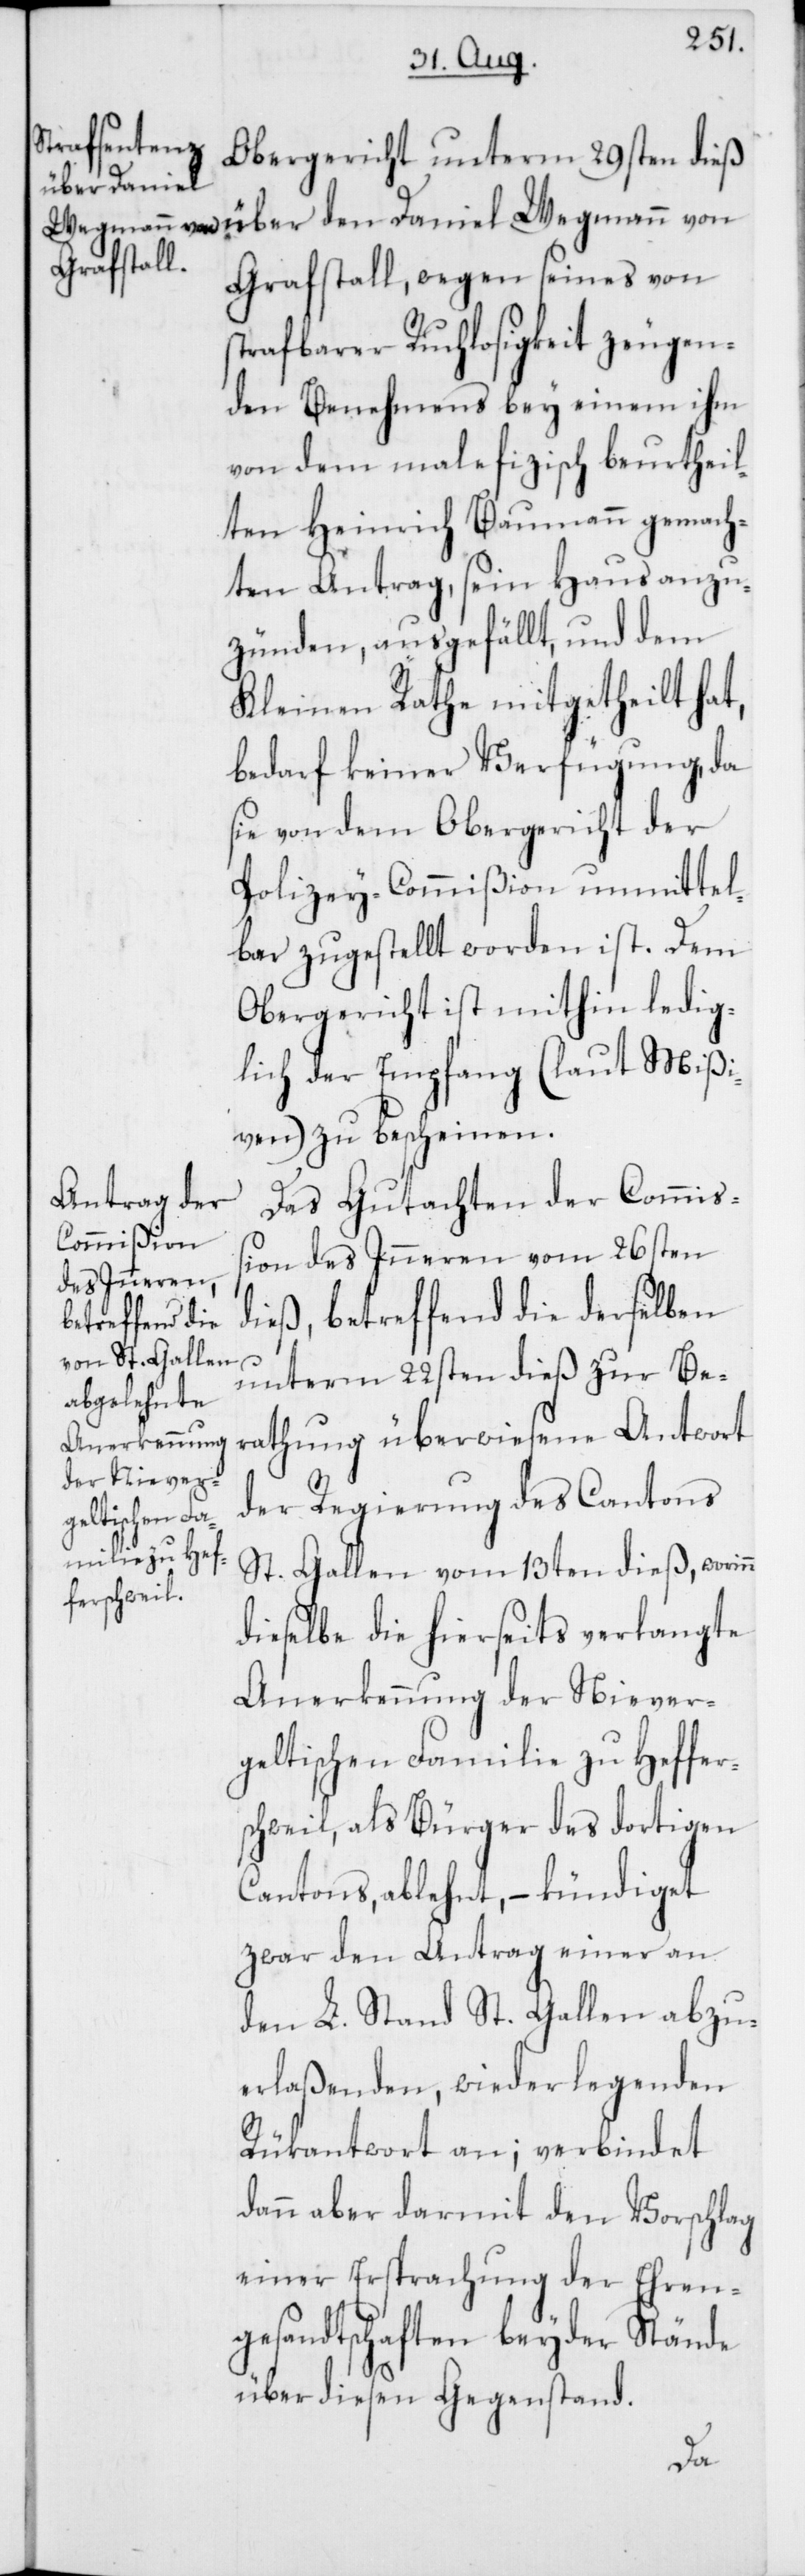
Obergericht unterm 29sten dieß
über den
Grafstall, wegen seines von
strafbarer Ruchlosigkeit zeugen¬
den Benehmens bey einem ihm
von dem malefizisch beurtheil¬
ten Heinrich Baumann gemach¬
ten Antrag, seyn Haus anzu¬
zünden, ausgefällt, und dem
Kleinen Rathe mitgetheilt hat,
bedarf keiner Verfügung, da
sie von dem Obergericht der
Polizey-Commißion unmittel¬
bar zugestellt worden ist. Dem
Obergericht ist mithin ledig¬
lich der Empfang (laut Mißi¬
ven) zu bescheinen.
Das Gutachten der Commi¬
ßion des Inneren vom 26sten
dieß, betreffend die derselben
unterm 22sten dieß zur Be¬
rathung überwiesene Antwort
der Regierung des Cantons
St. Gallen vom 13ten dieß, wori¬
dieselbe die hierseits verlangte
Anerkennung der Niever¬
geltischen Familie zu Heffer¬
schweil, als Bürger des dortigen
Cantons, ablehnt, – kündiget
zwar den Antrag einer an
den L. Stand St. Gallen abzu¬
erlaßenden, wiederlegenden
Rükantwort an; verbindet
dann aber darmit den Vorschlag
einer Ersprachung der Ehren¬
gesandtschaften beyder Stände
über diesen Gegenstand.
nn